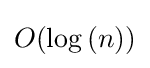
O(\log \left(n\right))